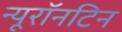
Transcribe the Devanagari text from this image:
न्यूरॉनटिन